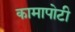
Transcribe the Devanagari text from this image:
कामापोटी